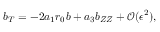
b _ { T } = - 2 a _ { 1 } r _ { 0 } b + a _ { 3 } b _ { Z Z } + \mathcal { O } ( \epsilon ^ { 2 } ) ,